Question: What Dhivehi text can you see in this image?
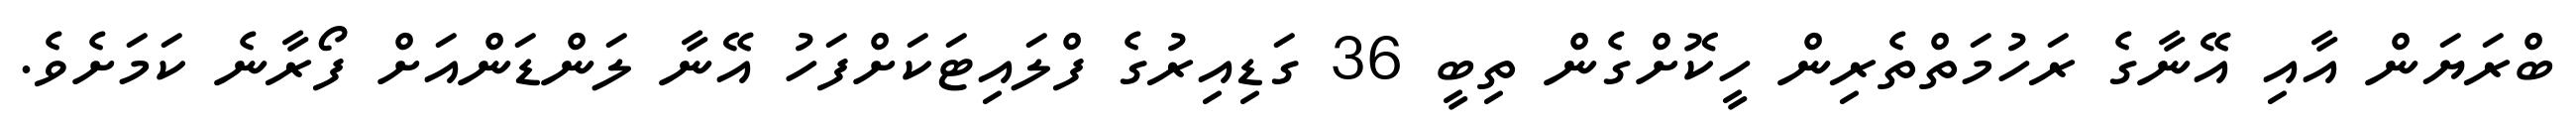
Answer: ބްރަޔަން އާއި އޭނާގެ ރަހުމަތްތެރިން ހީކޮށްގެން ތިބީ 36 ގަޑިއިރުގެ ފްލައިޓަކަށްފަހު އޭނާ ލަންޑަންއަށް ފޯރާނެ ކަމަށެވެ.